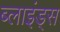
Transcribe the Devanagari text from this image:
ब्लाइंड्स